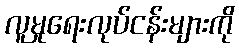
လူမှုရေးလုပ်ငန်းများကို